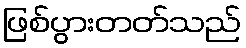
ဖြစ်ပွားတတ်သည်